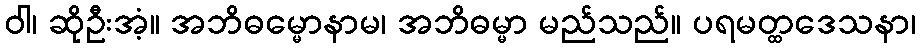
ဝါ၊ ဆိုဦးအံ့။ အဘိဓမ္မောနာမ၊ အဘိဓမ္မာ မည်သည်။ ပရမတ္ထဒေသနာ၊